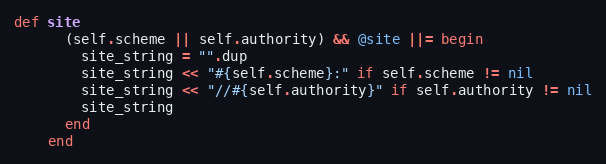
Language: Ruby
def site
      (self.scheme || self.authority) && @site ||= begin
        site_string = "".dup
        site_string << "#{self.scheme}:" if self.scheme != nil
        site_string << "//#{self.authority}" if self.authority != nil
        site_string
      end
    end